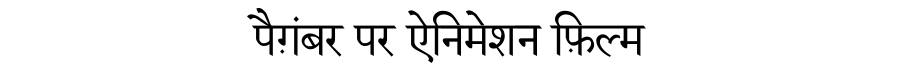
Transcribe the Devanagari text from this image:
पैग़ंबर पर ऐनिमेशन फ़िल्म